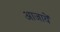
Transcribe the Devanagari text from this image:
आजायें